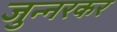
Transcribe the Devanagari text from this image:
जुन्नरकर